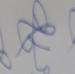
Signature authenticity: genuine